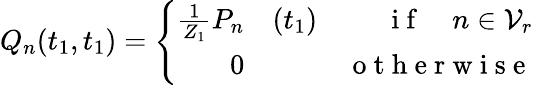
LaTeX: Q_{n}(t_{1},t_{1})=\left\{ \begin{array}{rlr}{\frac{1}{Z_{1}}P_{n}}&{{}(t_{1})}&{\mathrm{~i~f~}\quad n\in\mathcal{V}_{r}}\\ {0}&{{}}&{\mathrm{~o~t~h~e~r~w~i~s~e~}}\end{array}\right.